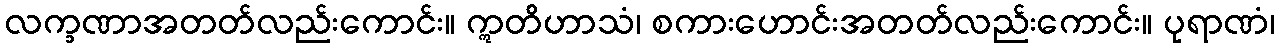
လက္ခဏာအတတ်လည်းကောင်း။ ဣတိဟာသံ၊ စကားဟောင်းအတတ်လည်းကောင်း။ ပုရာဏံ၊